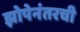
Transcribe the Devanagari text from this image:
झोपेनंतरची